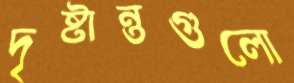
দৃষ্টান্তগুলো